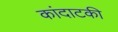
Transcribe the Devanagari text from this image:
कांदाटकी